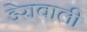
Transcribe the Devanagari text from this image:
डेरावाली